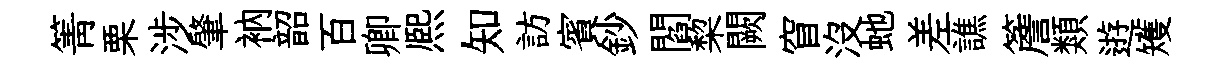
箐栗涉肇衲韶百卿熈知訪賓鈔閻棃闕窅沒虵差譙簷類逰矱